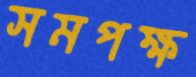
সমপক্ষ